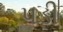
૫ડી